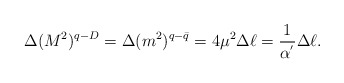
\begin{align*}\Delta (M^{2})^{q-D} = \Delta (m^{2})^{q-\bar{q}} = 4 \mu^{2} \Delta \ell = \frac{1}{\alpha^{'}} \Delta \ell .\end{align*}